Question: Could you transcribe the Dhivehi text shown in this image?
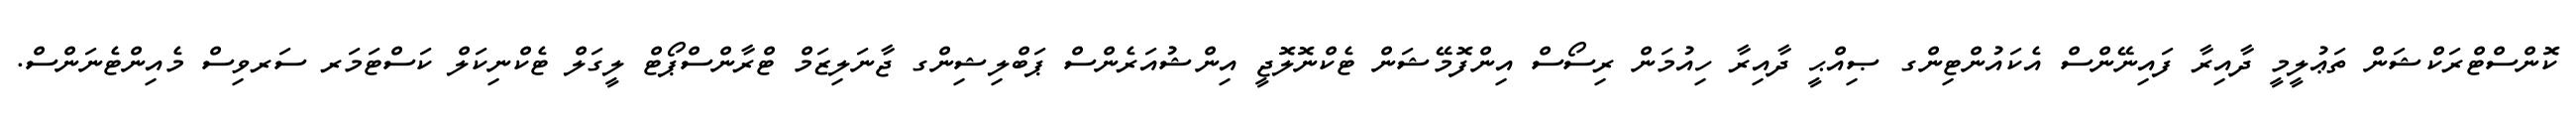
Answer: ކޮންސްޓްރަކްޝަން ތަޢުލީމީ ދާއިރާ ފައިނޭންސް އެކައުންޓިންގ ޞިއްޙީ ދާއިރާ ހިއުމަން ރިސޯސް އިންފޮމޭޝަން ޓެކްނޮލޮޖީ އިންޝުއަރެންސް ޕަބްލިޝިންގ ޖާނަލިޒަމް ޓްރާންސްޕޯޓް ލީގަލް ޓެކްނިކަލް ކަސްޓަމަރ ސަރވިސް މެއިންޓެނަންސް.